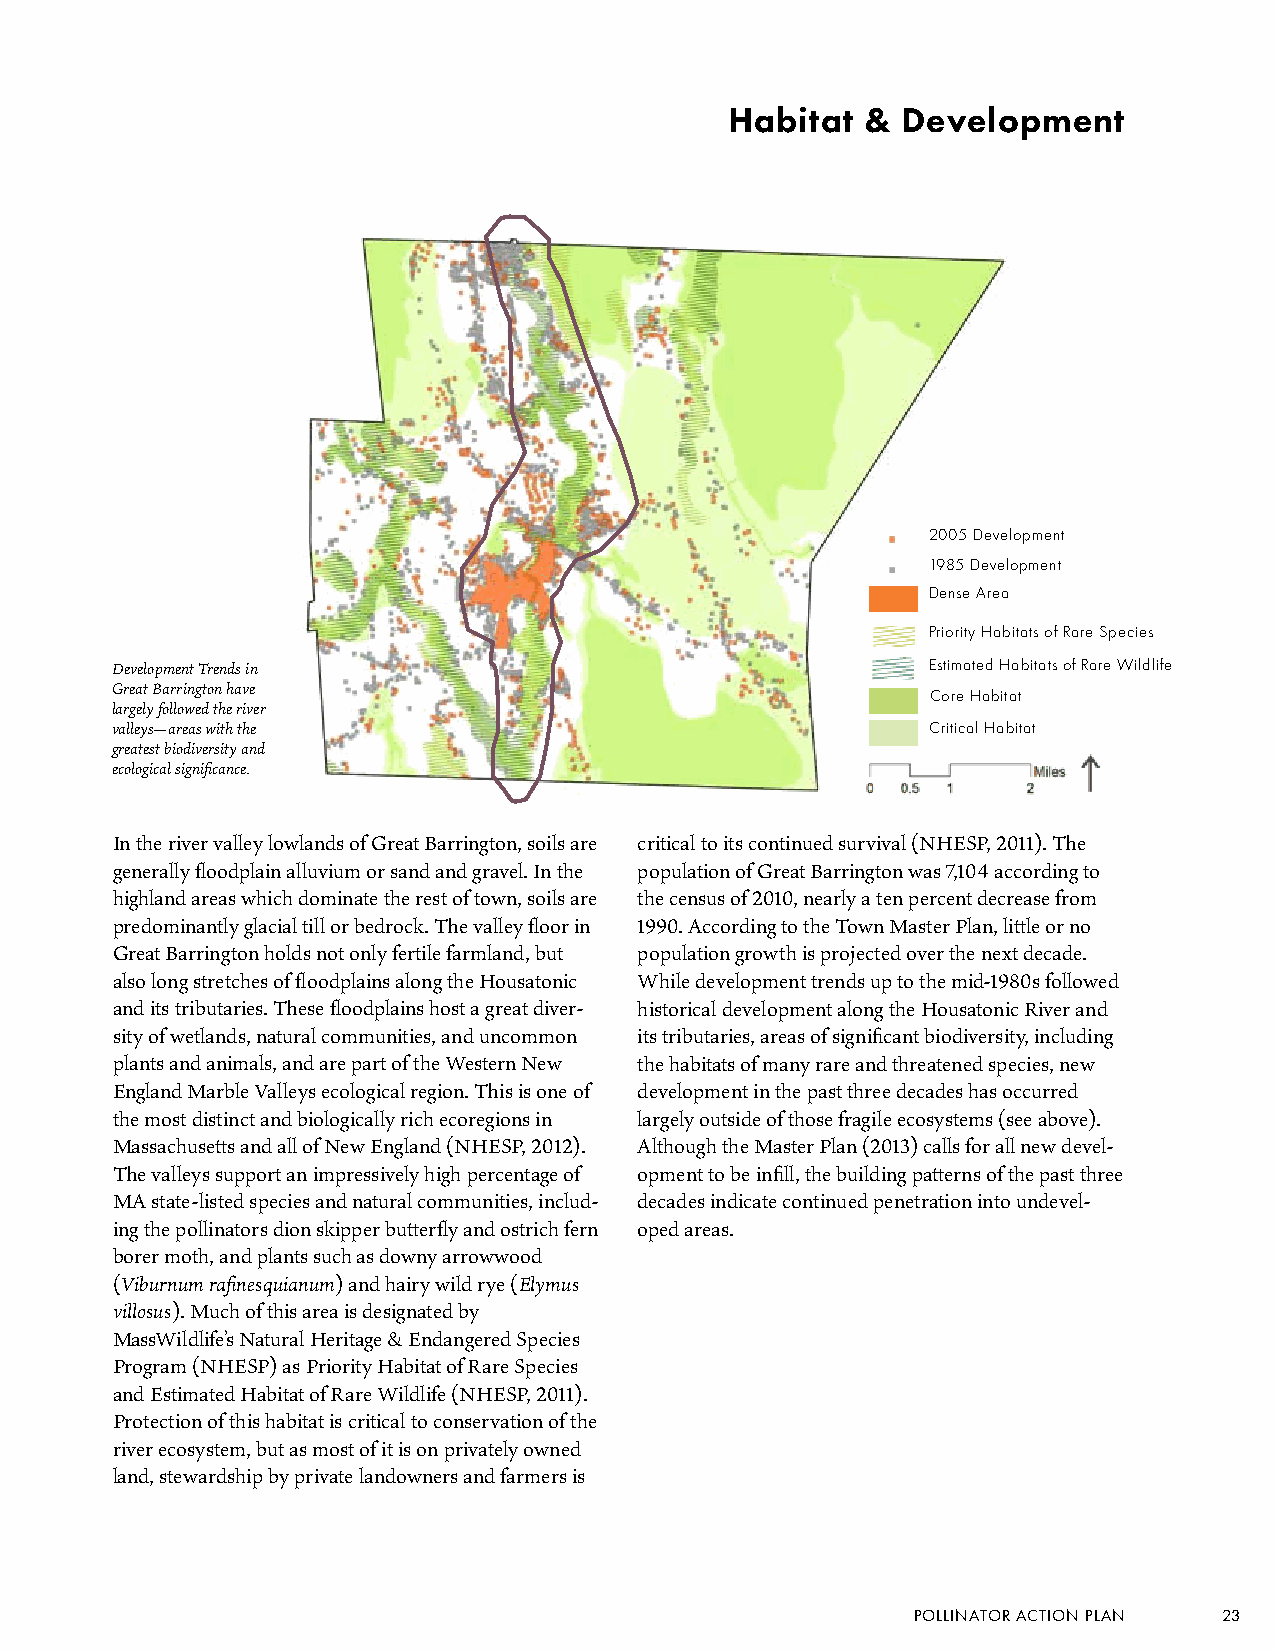
Habitat  &  Development
 2005 Development
 1985 Development
 Dense Area
 Priority Habitats of Rare Species
 Development Trends in                                 Estimated Habitats of Rare Wildlife
 Great Barrington have
 Core Habitat
 largely followed the river
 valleys—areas with the                                Critical Habitat
 greatest biodiversity and
 ecological significance.
 In the river valley lowlands of Great Barrington, soils are critical to its continued survival (NHESP, 2011). The
 generally floodplain alluvium or sand and gravel. In the population of Great Barrington was 7,104 according to
 highland areas which dominate the rest of town, soils are the census of 2010, nearly a ten percent decrease from
 predominantly glacial till or bedrock. The valley floor in 1990. According to the Town Master Plan, little or no
 Great Barrington holds not only fertile farmland, but population growth is projected over the next decade.
 also long stretches of floodplains along the Housatonic While development trends up to the mid-1980s followed
 and its tributaries. These floodplains host a great diver- historical development along the Housatonic River and
 sity of wetlands, natural communities, and uncommon its tributaries, areas of significant biodiversity, including
 plants and animals, and are part of the Western New the habitats of many rare and threatened species, new
 England Marble Valleys ecological region. This is one of development in the past three decades has occurred
 the most distinct and biologically rich ecoregions in largely outside of those fragile ecosystems (see above).
 Massachusetts and all of New England (NHESP, 2012). Although the Master Plan (2013) calls for all new devel-
 The valleys support an impressively high percentage of opment to be infill, the building patterns of the past three
 MA state-listed species and natural communities, includ- decades indicate continued penetration into undevel-
 ing the pollinators dion skipper butterfly and ostrich fern oped areas.
 borer moth, and plants such as downy arrowwood
 (Viburnum rafinesquianum) and hairy wild rye (Elymus
 villosus). Much of this area is designated by
 MassWildlife’s Natural Heritage & Endangered Species
 Program (NHESP) as Priority Habitat of Rare Species
 and Estimated Habitat of Rare Wildlife (NHESP, 2011).
 Protection of this habitat is critical to conservation of the
 river ecosystem, but as most of it is on privately owned
 land, stewardship by private landowners and farmers is
 POLLINATOR ACTION PLAN 23